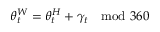
\theta _ { t } ^ { W } = \theta _ { t } ^ { H } + \gamma _ { t } \ \ \ \mathrm { m o d } \ 3 6 0